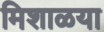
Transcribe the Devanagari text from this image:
मिशाळया